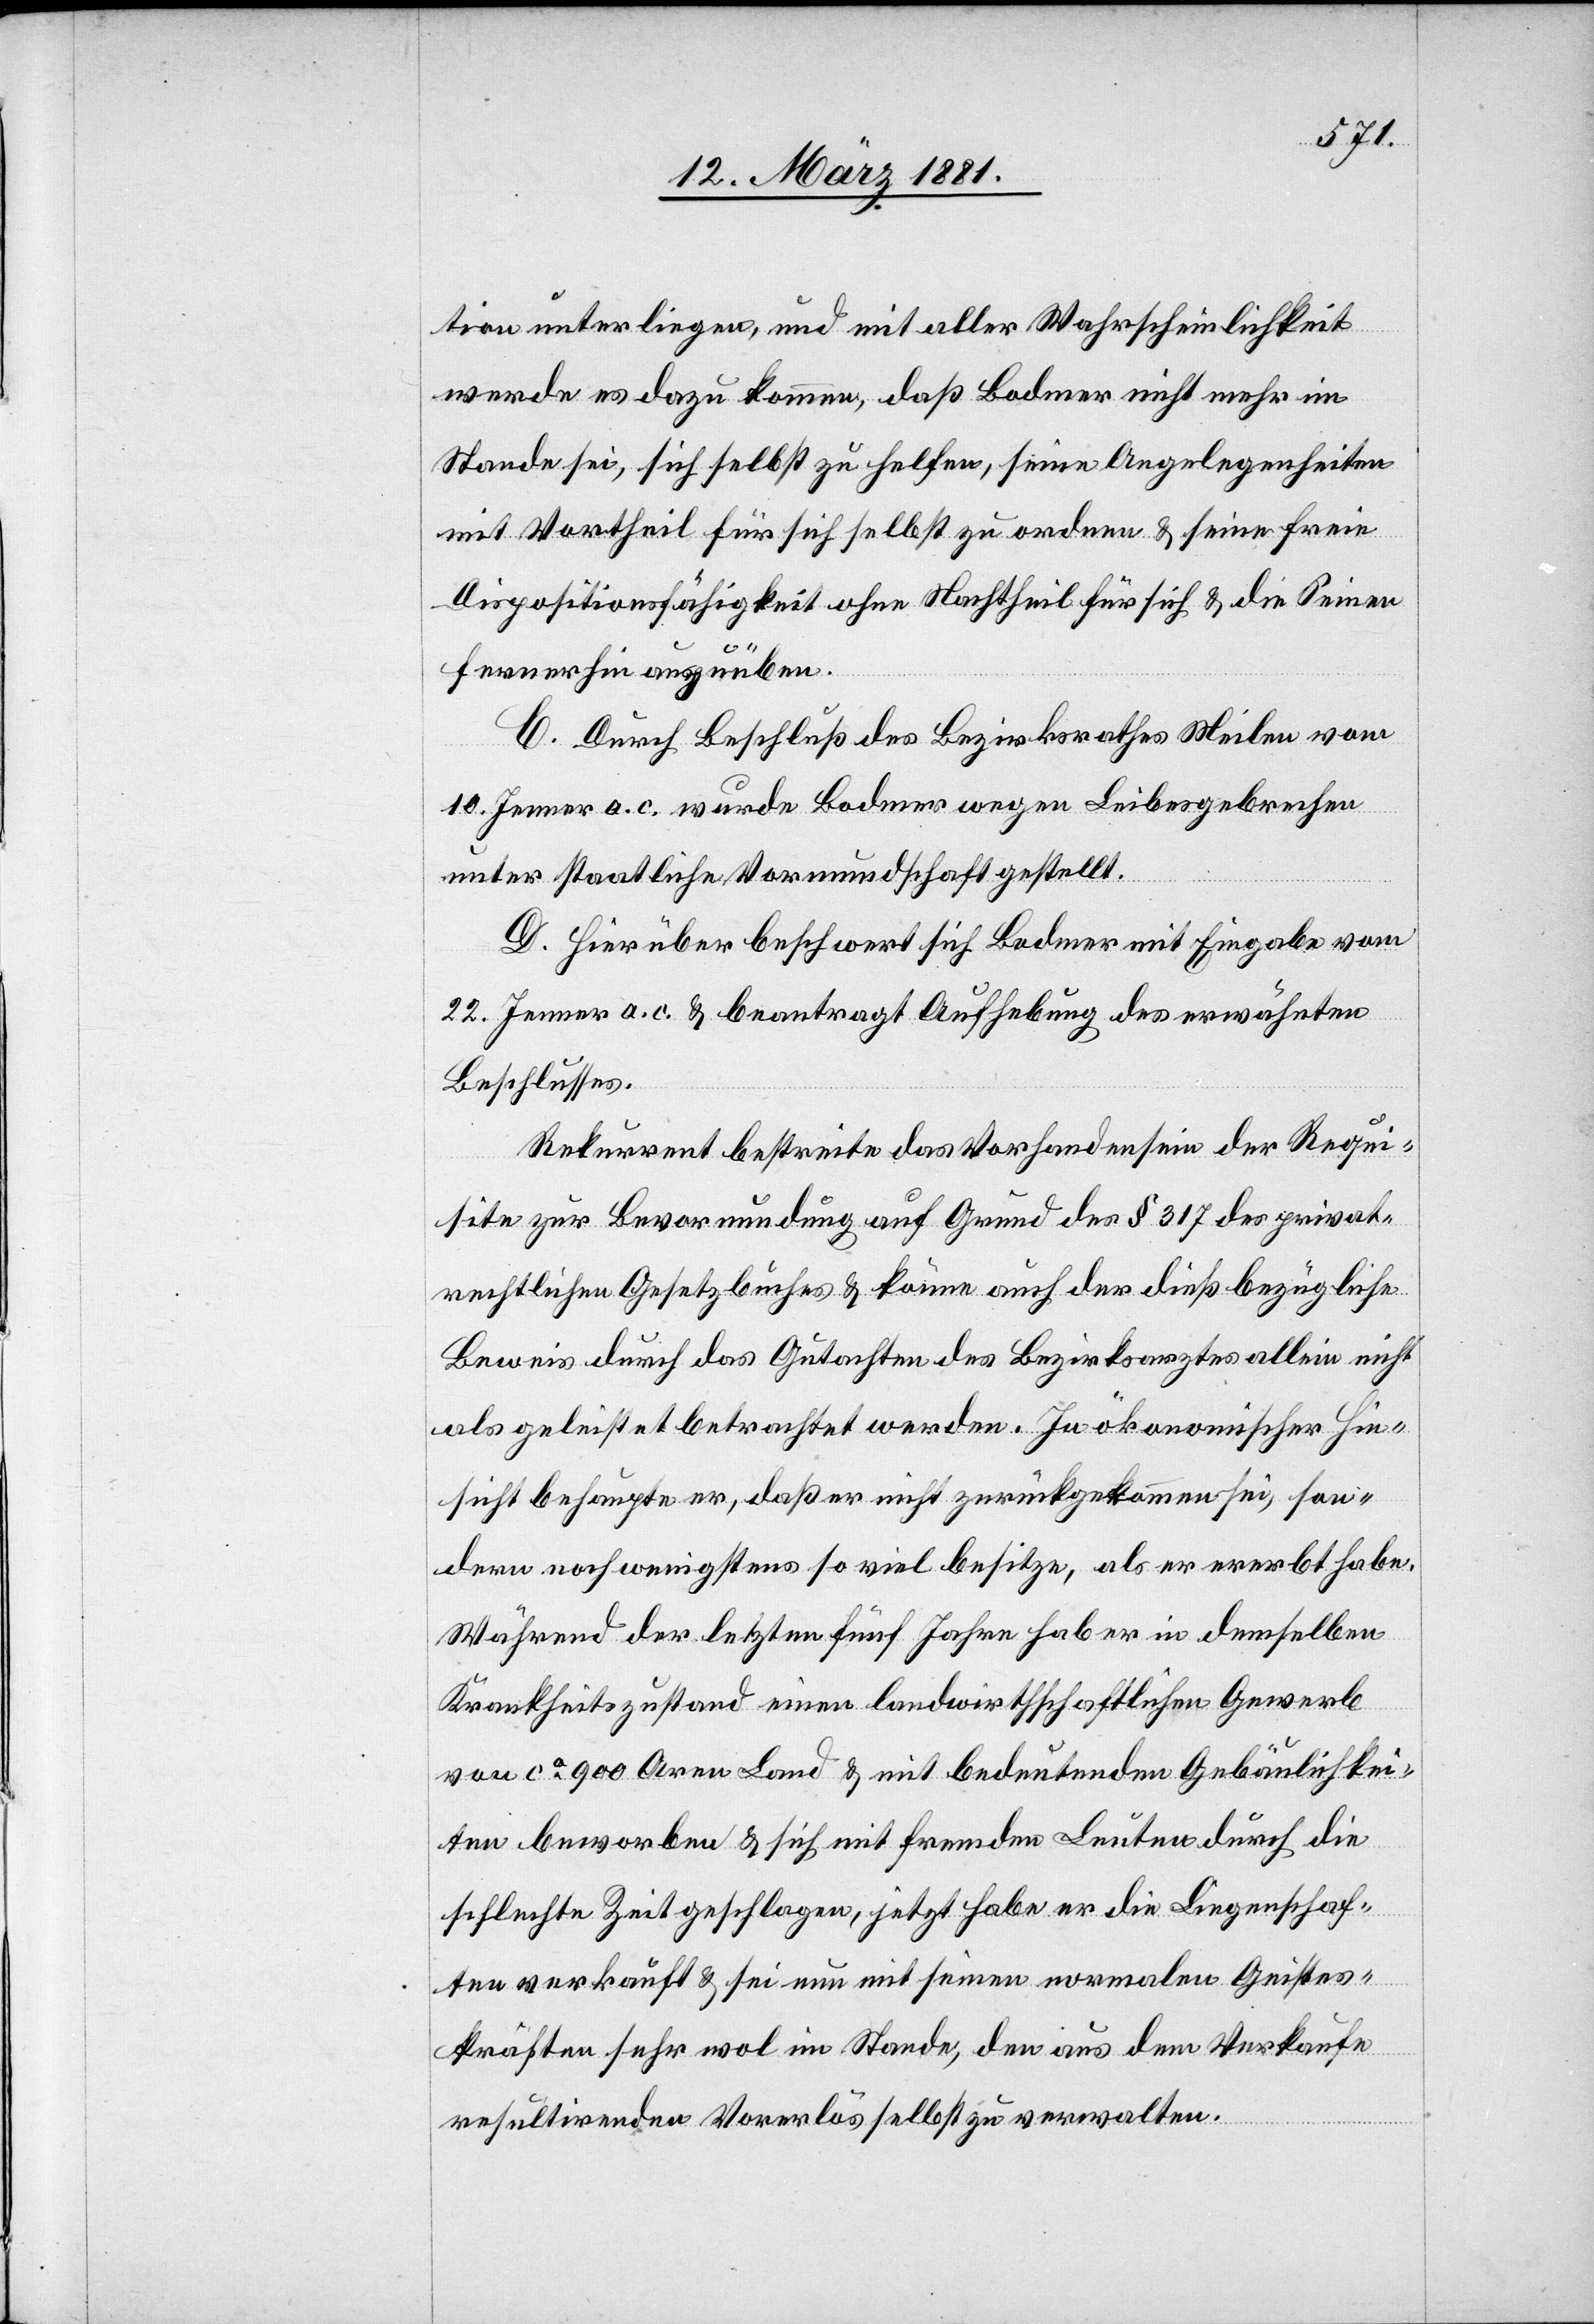
tion unterliegen, und mit aller Wahrscheinlichkeit
werde es dazu kommen, daß Bodmer nicht mehr im
Stande sei, sich selbst zu helfen, seine Angelegenheiten
mit Vortheil für sich selbst zu ordnen & seine freie
Dispositionsfähigkeit ohne Nachtheil für sich & die Seinen
fernerhin auszuüben.
C. Durch Beschluß des Bezirksrathes Meilen vom
10. Jenner a. c. wurde Bodmer wegen Leibesgebrechen
unter staatliche Vormundschaft gestellt.
D. Hierüber beschwert sich Bodmer mit Eingabe vom
22. Jenner a. c. & beantragt Aufhebung des erwähnten
Beschlusses.
Rekurrent bestreite das Vorhandensein der Requi¬
site zur Bevormundung auf Grund des § 3176 des privat¬
rechtlichen Gesetzbuches & könne auch der dieß bezügliche
Beweis durch das Gutachten des Bezirksrathes allein nicht
als geleistet betrachtet werden. In ökonomischer Hin¬
sicht behaupte er, daß er nicht zurückgekommen sei, son¬
dern noch wenigstens so viel besitze, als er ererbt habe.
Während der letzten fünf Jahre hab er in demselben
Krankheitszustand einen landwirthschaftlichen Gewerb
von ca 900 Aren Land & mit bedeutenden Gebäulichkei¬
ten beworben & sich mit fremden Leuten durch die
schlechte Zeit geschlagen, jetzt habe er die Liegenschaf¬
ten verkauft & sei nun mit seinen normalen Geistes¬
kräften sehr wol im Stande, den aus dem Verkaufe
resultirenden Vorerlös selbst zu verwalten.